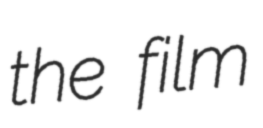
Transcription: the film